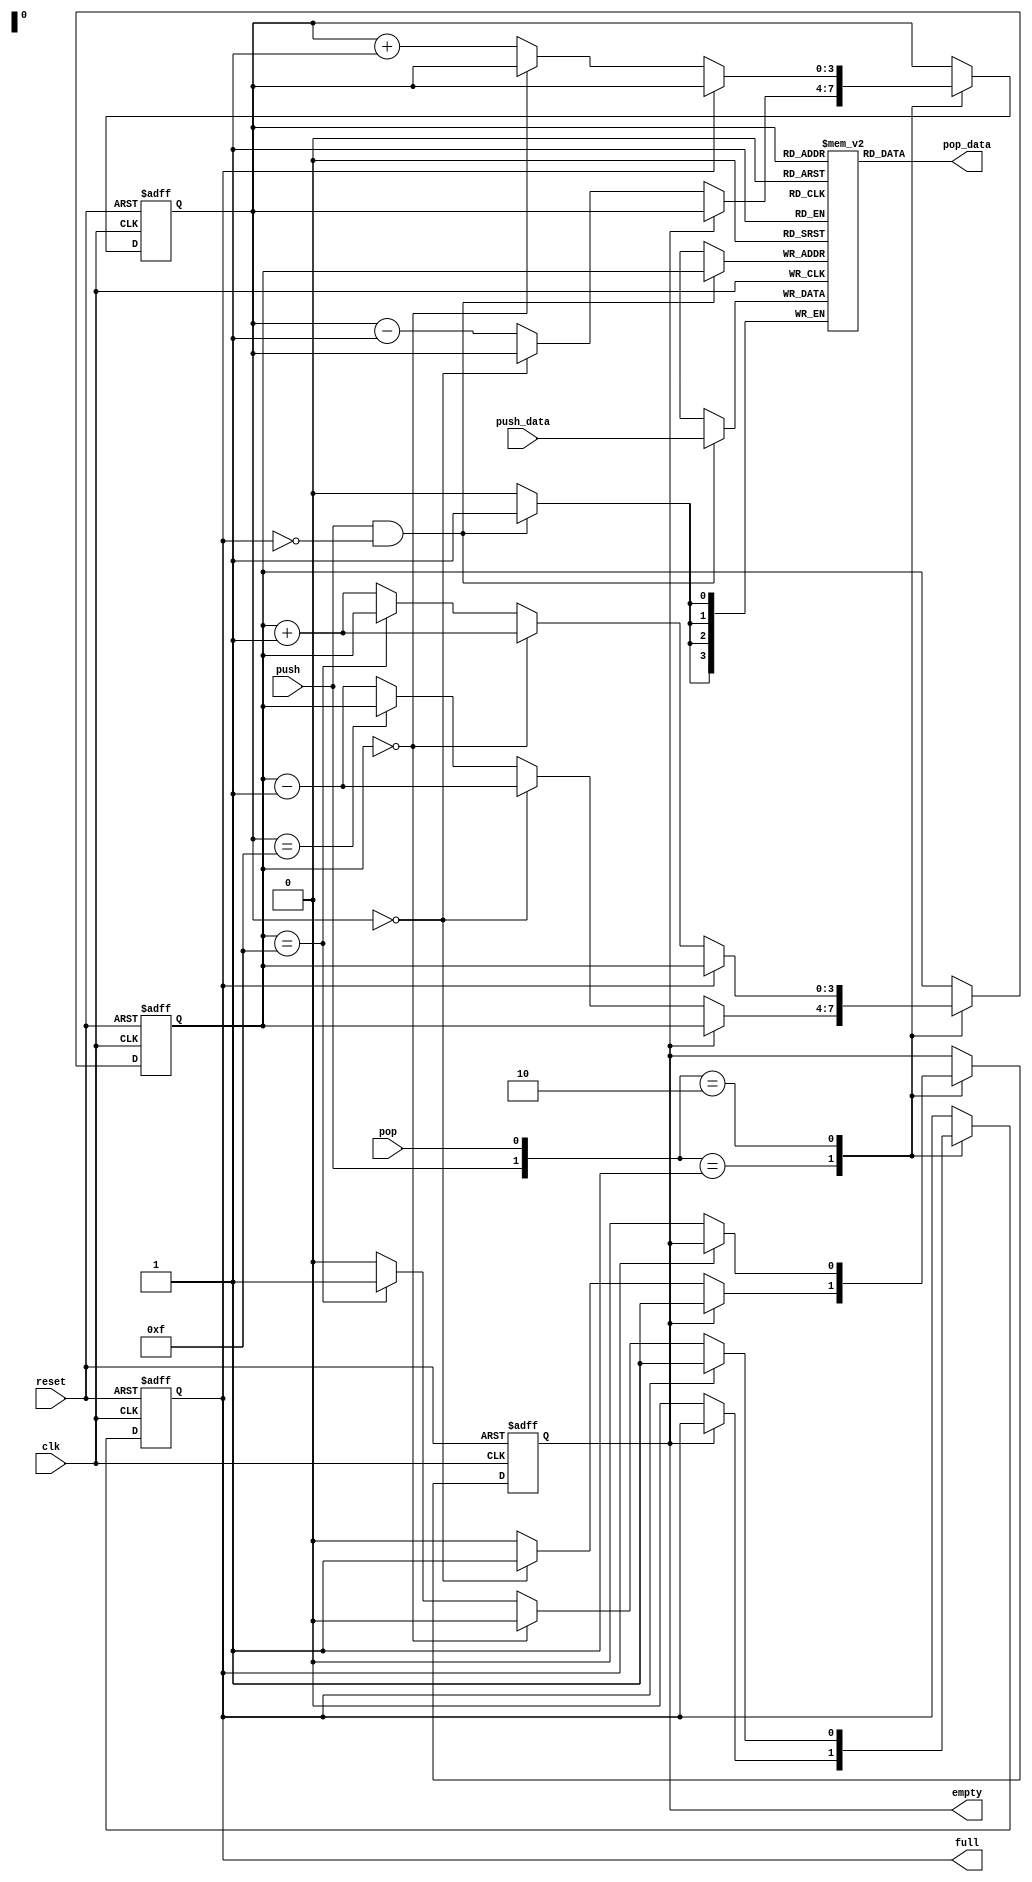
module stack(
    input clk, reset,
    input push, pop,
    input [B-1:0] push_data,
    output empty, full,
    output [B-1:0] pop_data
    );
    
    parameter B = 4; //number of bits in a word (default size is a hex value, makes easy for seven seg decoder testing)
    parameter W = 4; //number of address bits for register file (addresses range 0 to 15 by default)
    
    reg [B-1:0] array_reg [2**W-1:0]; //register array
    reg [W-1:0] push_ptr_reg, push_ptr_next;
    reg [W-1:0] pop_ptr_reg, pop_ptr_next;
    reg full_reg, full_next;     //if 1, stack is full.
    reg empty_reg, empty_next;   //if 1, stack is empty
    
    wire push_en;
    
    //register file push operation
    always @(posedge clk)
        if(push_en)
            array_reg[push_ptr_reg] <= push_data;
            
    //register file pop operation
    assign pop_data = array_reg[pop_ptr_reg];
    
    //push enabled only when stack is not full
    assign push_en = push & ~full_reg;
    
    //register for push and pop pointers
    always @(posedge clk, posedge reset)
        if(reset)
            begin
                push_ptr_reg <= 0;
                pop_ptr_reg <= 0;
                full_reg <= 1'b0;   //starts empty
                empty_reg <= 1'b1;  //starts empty
            end
        else
            begin
                push_ptr_reg <= push_ptr_next;
                pop_ptr_reg <= pop_ptr_next;
                full_reg <= full_next;
                empty_reg <= empty_next;
            end
            
    //next-state logic for push and pop pointers
    always @*
        begin

            //defualt: keep old values
            push_ptr_next = push_ptr_reg;
            pop_ptr_next = pop_ptr_reg;
            full_next = full_reg;
            empty_next = empty_reg;
            
            case({push, pop})
                2'b01: //pop
                    if(~empty_reg) //not empty
                        begin
                            full_next = 1'b0;
                                
                                if(pop_ptr_reg == 0) //if pop pointer at 0, then stays at 0 address after pop
                                begin
                                    push_ptr_next = push_ptr_reg - 1;
                                    pop_ptr_next = pop_ptr_reg;
                                    empty_next = 1'b1;
                                end
                            else if (pop_ptr_reg == 2**W-1) //if full
                                begin
                                    push_ptr_next = push_ptr_reg;
                                    pop_ptr_next = pop_ptr_reg - 1;
                                end
                            else //if in middle
                                begin
                                    push_ptr_next = push_ptr_reg - 1;
                                    pop_ptr_next = pop_ptr_reg - 1;
                                end
                        end
                2'b10: //push
                    if(~full_reg) //not full
                        begin
                            empty_next = 1'b0;

                            if(push_ptr_reg == 0) //if write pointer at 0, then empty before
                                begin
                                    push_ptr_next = push_ptr_reg + 1;
                                    pop_ptr_next = pop_ptr_reg;
                                end
                            else if (push_ptr_reg == 2**W-1) //if pushing to max address, mark as full
                                begin
                                    push_ptr_next = push_ptr_reg;
                                    pop_ptr_next = pop_ptr_reg + 1;
                                    full_next = 1'b1;
                                end
                            else //if in middle
                                begin
                                    push_ptr_next = push_ptr_reg + 1;
                                    pop_ptr_next = pop_ptr_reg + 1;
                                end
                                
                        end
                2'b11: //push and pop, stays same
                    begin
                        push_ptr_next = push_ptr_reg;
                        pop_ptr_next = pop_ptr_reg;
                    end
            endcase
            
        end
    
    //output
    assign full = full_reg;
    assign empty = empty_reg;
    
endmodule